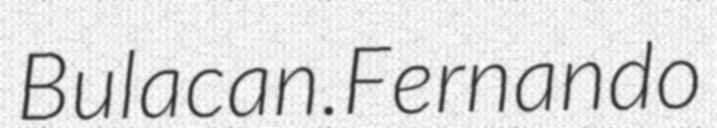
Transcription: Bulacan.Fernando